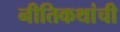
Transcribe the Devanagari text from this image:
नीतिकथांची